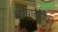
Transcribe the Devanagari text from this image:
अपघातांपैकी